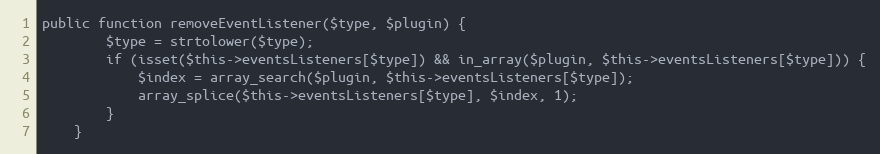
Language: PHP
public function removeEventListener($type, $plugin) {
		$type = strtolower($type);
		if (isset($this->eventsListeners[$type]) && in_array($plugin, $this->eventsListeners[$type])) {
			$index = array_search($plugin, $this->eventsListeners[$type]);
			array_splice($this->eventsListeners[$type], $index, 1);
		}
	}